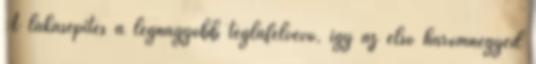
A lakásépítés a legnagyobb téglafelvevő, így az első háromnegyed